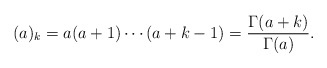
\begin{align*}(a)_k = a (a+1) \cdots (a+k-1) = \frac{\Gamma(a+k)}{\Gamma(a)}.\end{align*}